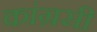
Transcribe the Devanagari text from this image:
कांग्रसी